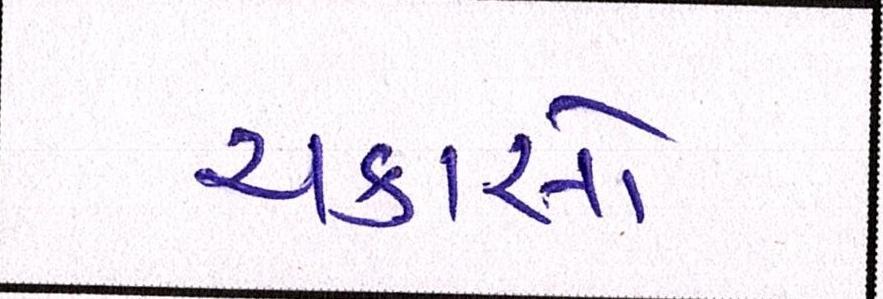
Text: ચકાસો